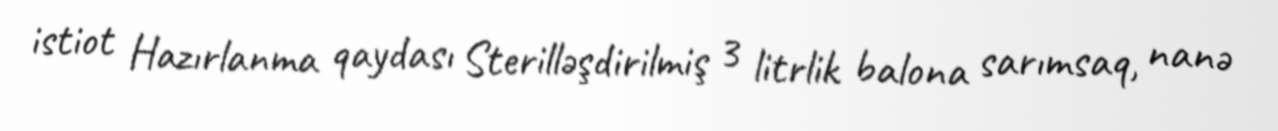
istiot Hazırlanma qaydası Sterilləşdirilmiş 3 litrlik balona sarımsaq, nanə